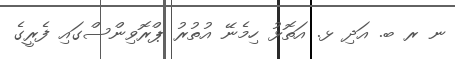
ނ ރ ބ. އަދި ޅ. އަތޮޅު ހިމެނޭ އުތުރު ޕްރޮވިންސްގައި ފެރީގެ